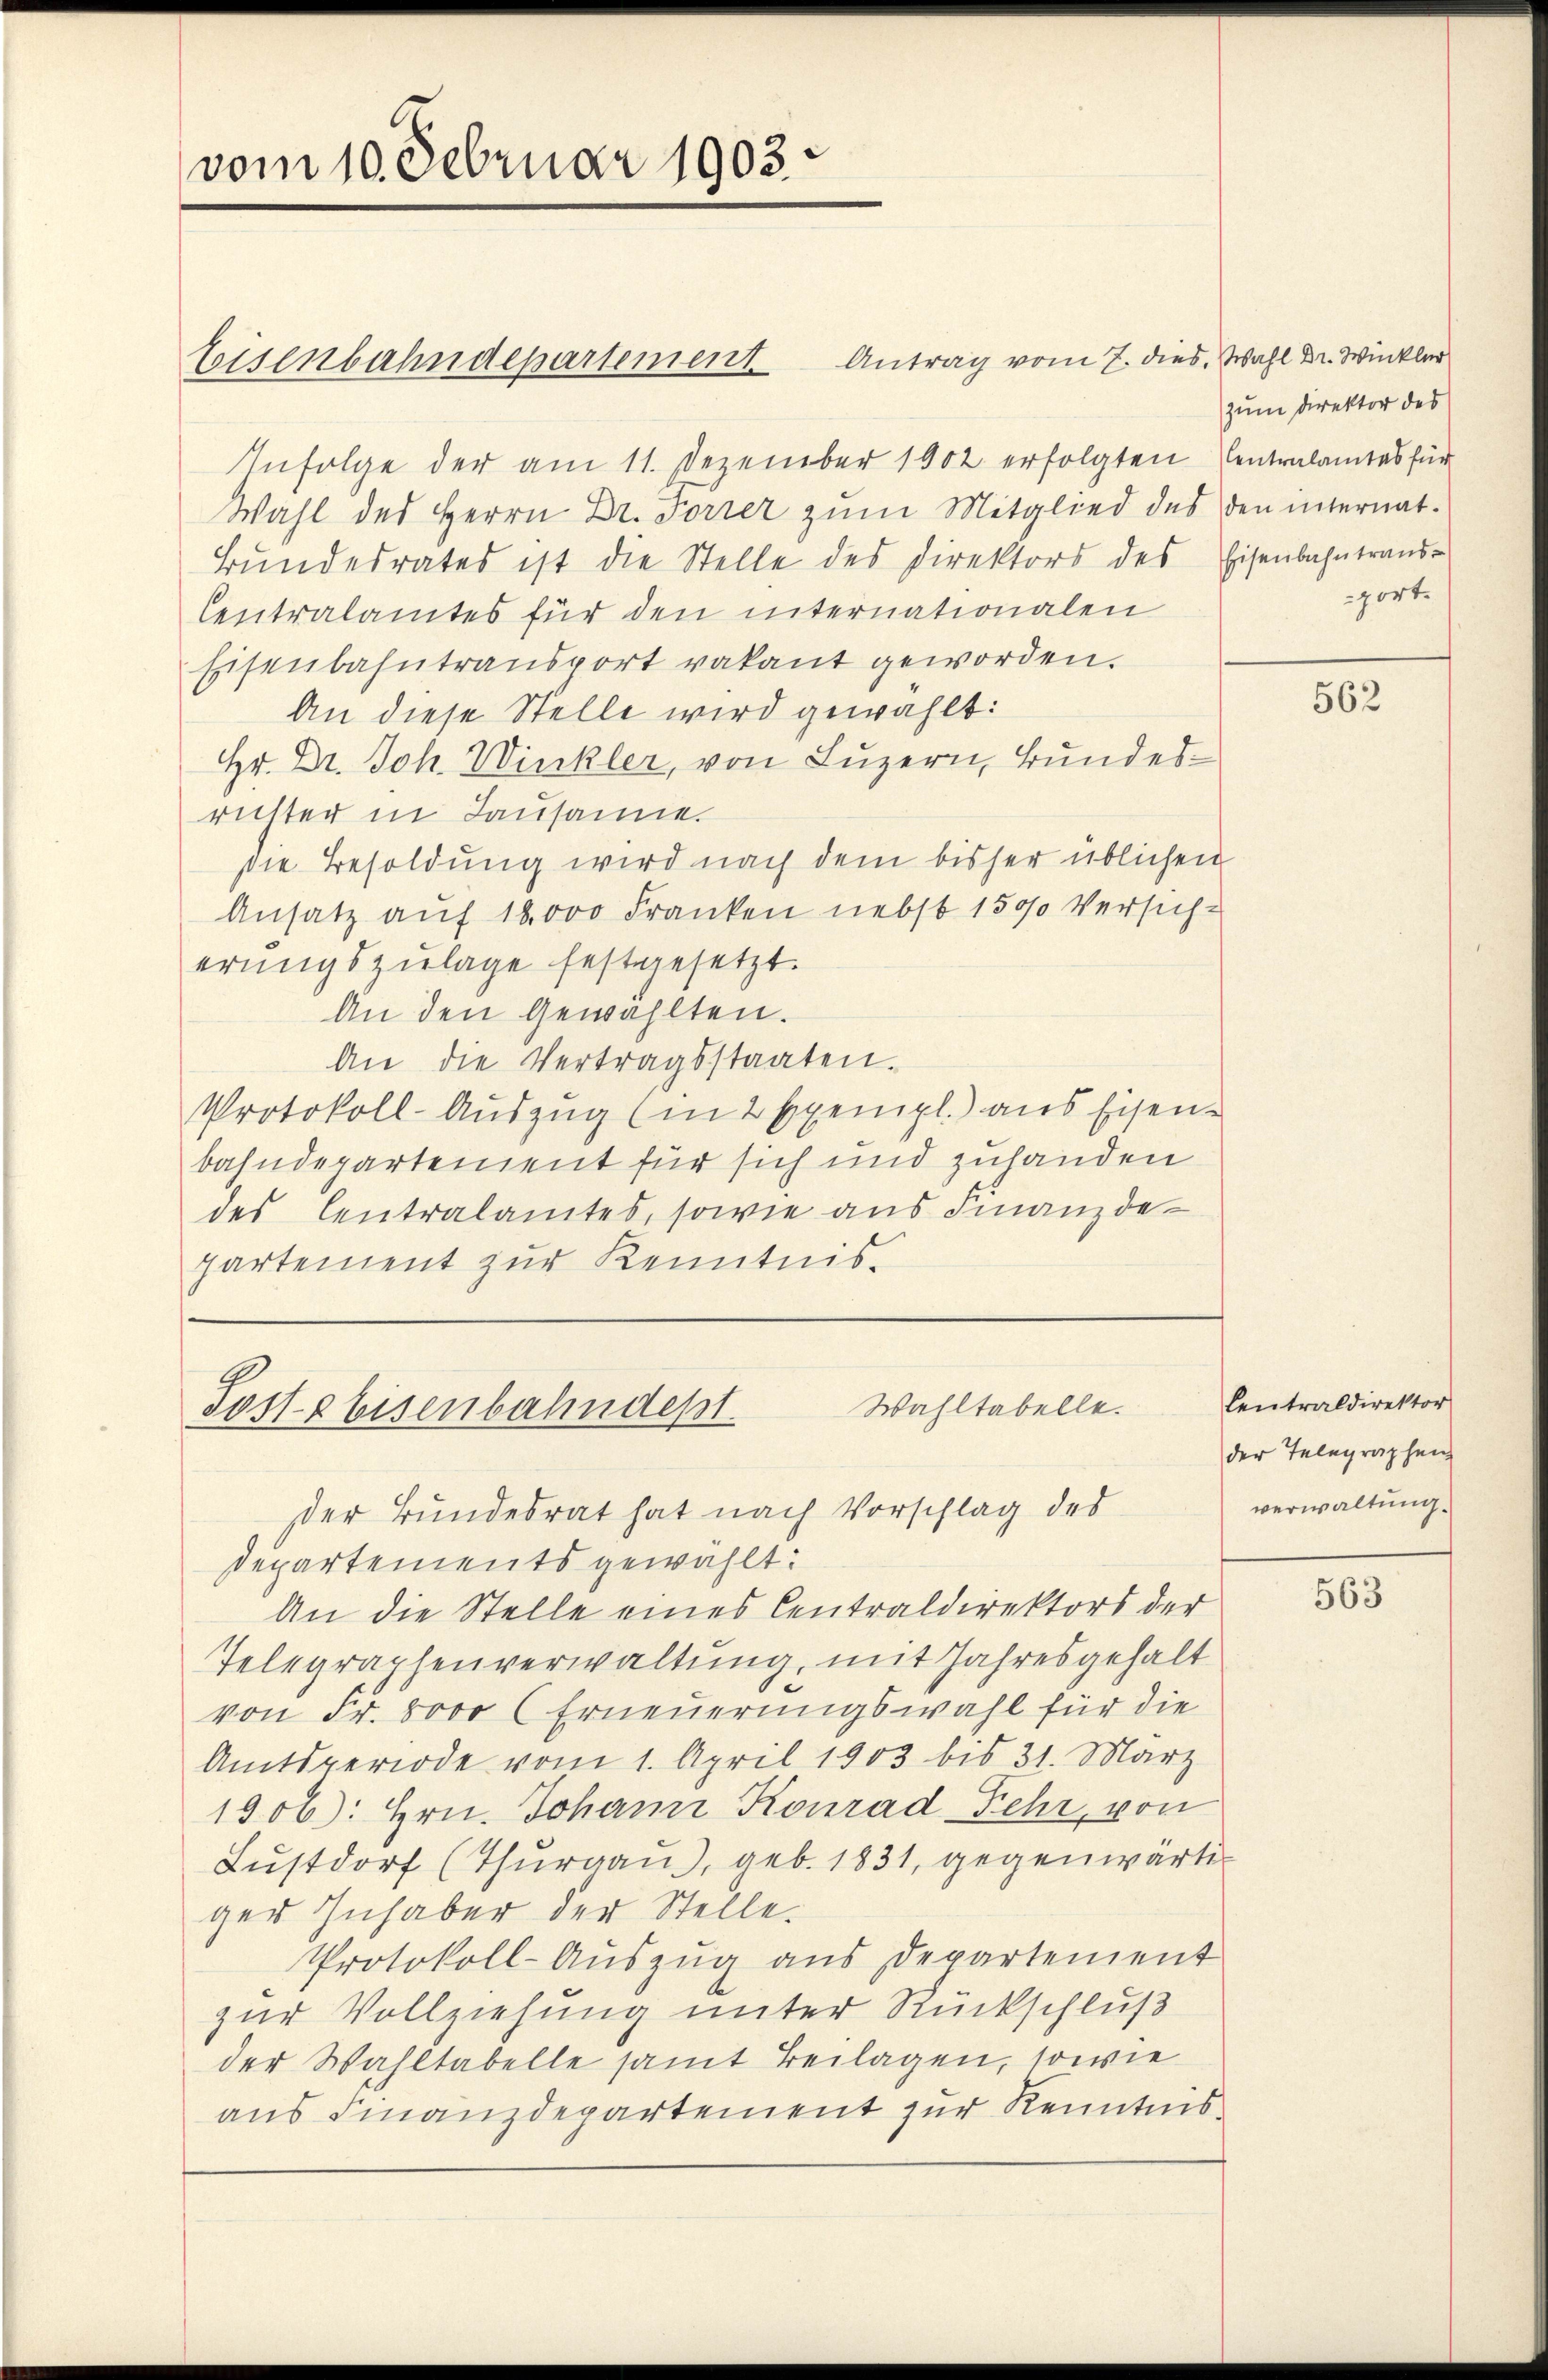
vom 10. Februar 1903.

Eisenbahndepartement Antrag vom 7. dies Wahl Dr. Winkler
Infolge der am 11. Dezember 1902 erfolgten Centralamtes für
Wahl des Herrn Dr. Forrer zŭm Mitglied des den internat.
Bŭndesrates ist die Stelle des Direktors des Eisenbahntraŭs-
Centralamtes für den internationalen
Eisenbahntransport vakant geworden.
An diese Stelle wird gewählt:
Hr. Dr. Joh. Winkler, von Luzern, Bundesrichter in Lausame.
die Besoldung wird nach dem bisher üblichen
Ansatz aŭf 18,000 Franken nebst 1500 Versicherŭngszŭlage festgesetzt.
An den Gewählten.
An die Vertragsstaaten.
Protokoll-Aŭszŭg (in 2 Exempl. aus Eisen-
bahndepartement für sich und zuhanden
des Centralamtes, sowie aus Finanzdepartement zur Kenntnis.

Wahltabelle.
Posse Eisenbahndept.
der Bundesrat hat nach Vorschlag des

departements gewählt:
An die Stelle eines Centraldirektors der
Telegraphenverwaltung, mit Jahresgehalt
von Fr. 8000 (Erneuerungswahl für die
Amtsperiode vom 1. April 1903 bis 31. März
1906): Hrn. Johann Konrad Fehr, von
Lustdorf (Thurgau, geb. 1831, gegenwärtiger Inhaber der Stelle.
Protokoll-Auszug aus Departement
zur Vollziehung unter Rückschluß
der Wahltabelle samt Beilagen, sowie
aus Finanzdepartement zur Kenntnis

zum Direktor des
port

562

Centraldirektor
der Telegraphen
verwaltung.

563